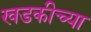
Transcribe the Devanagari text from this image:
खडकीच्या